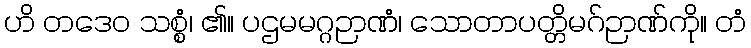
ဟိ တဒေဝ သစ္စံ၊ ၏။ ပဌမမဂ္ဂဉာဏံ၊ သောတာပတ္တိမဂ်ဉာဏ်ကို။ တံ